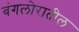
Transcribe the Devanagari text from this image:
बंगलोरातील